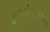
હાથગોળાઓના